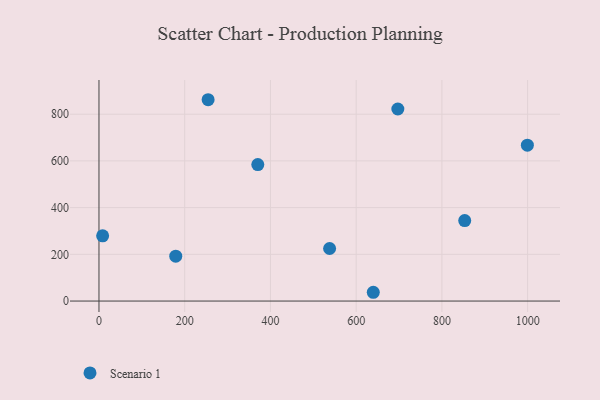
{"axis": {"x": "Ad Spend", "y": "Rating"}, "legend": ["Scenario 1"], "data": [{"x": "697.2", "y": 822.2, "type": "Scenario 1"}, {"x": "538.0", "y": 225.0, "type": "Scenario 1"}, {"x": "179.1", "y": 192.1, "type": "Scenario 1"}, {"x": "999.4", "y": 667.2, "type": "Scenario 1"}, {"x": "370.5", "y": 584.4, "type": "Scenario 1"}, {"x": "254.6", "y": 862.0, "type": "Scenario 1"}, {"x": "8.5", "y": 279.4, "type": "Scenario 1"}, {"x": "853.2", "y": 344.7, "type": "Scenario 1"}, {"x": "639.9", "y": 37.6, "type": "Scenario 1"}]}